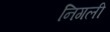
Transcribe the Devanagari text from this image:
निगली